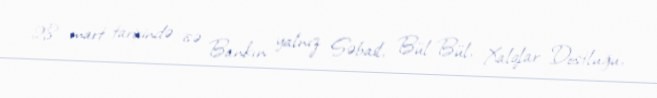
28 mart tarixində isə Bankın yalnız Səbail, Bül-Bül, Xalqlar Dostluğu,